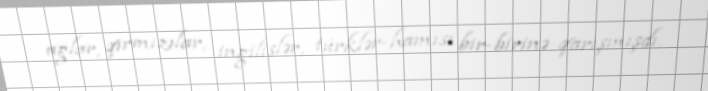
ağlar, qırmızılar, ingilislər, türklər-hamısı bir-birinə qarışmışdı.